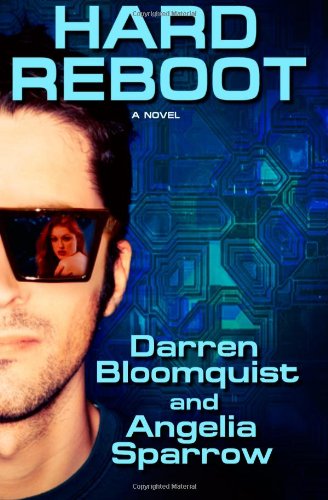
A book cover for Hard Reboot; Darren Bloomquist; Romance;